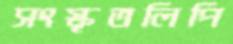
সংস্কৃতলিপি